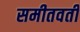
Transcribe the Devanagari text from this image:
समीतवर्ती